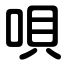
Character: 唄